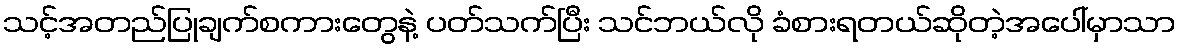
သင့်အတည်ပြုချက်စကားတွေနဲ့ ပတ်သက်ပြီး သင်ဘယ်လို ခံစားရတယ်ဆိုတဲ့အပေါ်မှာသာ